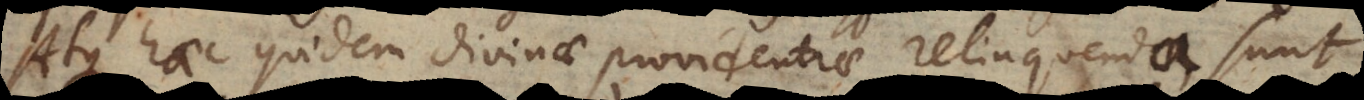
Atque haec quidem divinae providentiae relinquenda sunt,